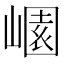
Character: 𡻽